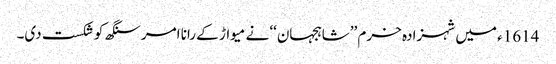
1614ء میں شہزادہ خرم ’’شاہجہان‘‘ نے میواڑ کے رانا امرسنگھ کو شکست دی۔